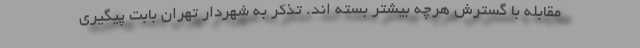
مقابله با گسترش هرچه بیشتر بسته اند. تذکر به شهردار تهران بابت پیگیری